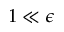
1 \ll \epsilon